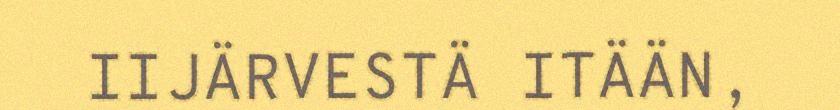
IIJÄRVESTÄ ITÄÄN,